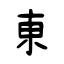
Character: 東